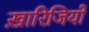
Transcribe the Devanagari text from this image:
ख़ारिजियों